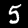
Digit: 5